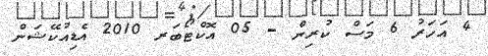
4 އަހަރު 6 މަސް ކުރިން - 05 އޮކްޓޯބަރ 2010 އެޑިއުކޭޝަން